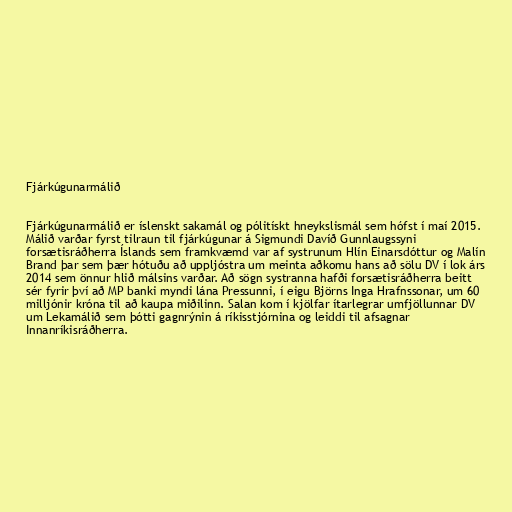
Fjárkúgunarmálið

Fjárkúgunarmálið er íslenskt sakamál og pólitískt hneykslismál sem hófst í maí 2015.
Málið varðar fyrst tilraun til fjárkúgunar á Sigmundi Davíð Gunnlaugssyni
forsætisráðherra Íslands sem framkvæmd var af systrunum Hlín Einarsdóttur og Malín
Brand þar sem þær hótuðu að uppljóstra um meinta aðkomu hans að sölu DV í lok árs
2014 sem önnur hlið málsins varðar. Að sögn systranna hafði forsætisráðherra beitt
sér fyrir því að MP banki myndi lána Pressunni, í eigu Björns Inga Hrafnssonar, um 60
milljónir króna til að kaupa miðilinn. Salan kom í kjölfar ítarlegrar umfjöllunnar DV
um Lekamálið sem þótti gagnrýnin á ríkisstjórnina og leiddi til afsagnar
Innanríkisráðherra.